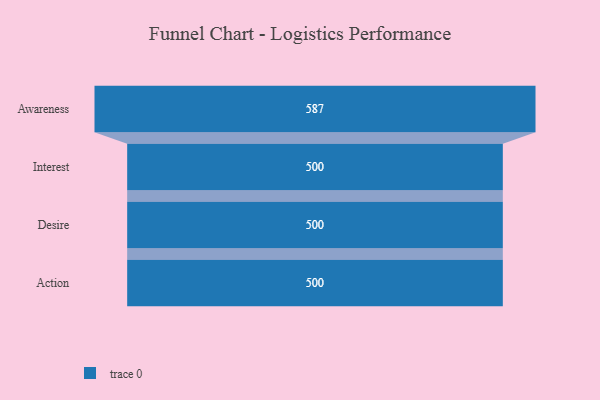
{"axis": {"x": "Stage", "y": "Value"}, "legend": [""], "data": [{"x": "Awareness", "y": 587.0, "type": ""}, {"x": "Interest", "y": 500, "type": ""}, {"x": "Desire", "y": 500, "type": ""}, {"x": "Action", "y": 500, "type": ""}]}